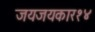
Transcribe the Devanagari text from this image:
जयजयकार१४